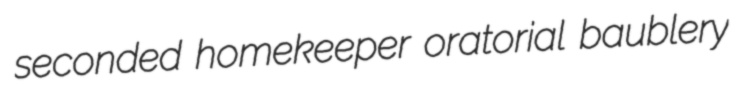
seconded homekeeper oratorial baublery